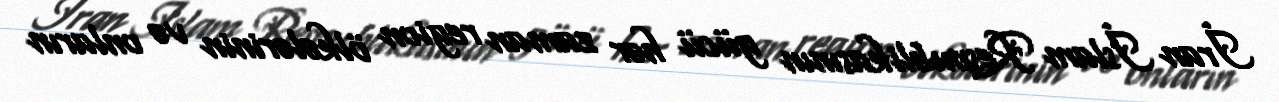
İran İslam Respublikasının gücü hər zaman region ölkələrinin və onların